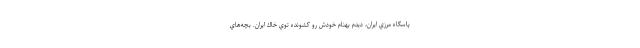
پاسگاه مرزي ايران، ديدم بهنام خودش رو كشونده توي خاك ايران. بچه‌هاي